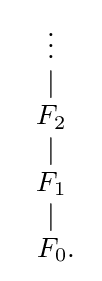
{\begin{array}{c}\vdots \\|\\F_{2}\\|\\F_{1}\\|\\\ F_{0}.\end{array}}